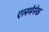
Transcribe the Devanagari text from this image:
एलमेनेक